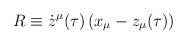
LaTeX: \begin{align*}R \equiv \dot{z}^{\mu}(\tau) \, (x_{\mu}-z_{\mu}(\tau))\end{align*}